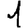
Digit: 1